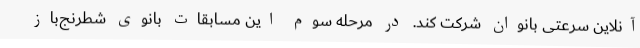
آنلاین سرعتی بانوان شرکت کند. در مرحله سوم این مسابقات بانوی شطرنج‌باز